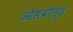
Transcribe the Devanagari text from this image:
ओसवॉल्ड